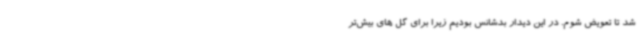
شد تا تعویض شوم. در این دیدار بدشانس بودیم زیرا برای گل های بیش‌تر